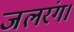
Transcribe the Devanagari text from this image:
जलरंग।